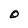
Character: 0